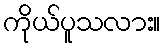
ကိုယ်ပူသလား။